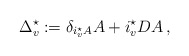
\begin{align*}\Delta_v^{\star} := \delta_{i_v^{\star} A} A + i_v^{\star} DA\,, \end{align*}